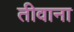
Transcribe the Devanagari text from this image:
तीवाना